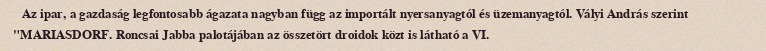
Az ipar, a gazdaság legfontosabb ágazata nagyban függ az importált nyersanyagtól és üzemanyagtól. Vályi András szerint "MARIASDORF. Roncsai Jabba palotájában az összetört droidok közt is látható a VI.